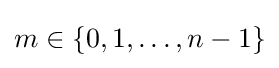
m\in \{0,1,\ldots ,n-1\}